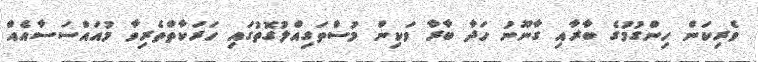
ވެރިކަން ހިންގުމުގެ ބާރާއި ގާނޫނު ހަދާ ބާރާ ވަކިން މުސްތަގިއްލުގޮތުގައި ހަރަކާތްތެރިވާ މުއައްސަސާއެއް